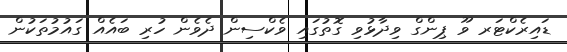
ޑައިރެކްޓަރ ވޫ ޕިންގް ވިދާޅުވި ގޮތުގައި ވެކްސިން ދެވެން ހުރި ބައެއް ގައުމުތަކުން